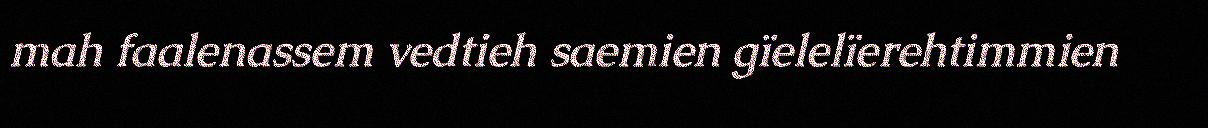
mah faalenassem vedtieh saemien gïelelïerehtimmien